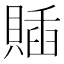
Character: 𧶵